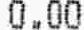
0.00